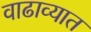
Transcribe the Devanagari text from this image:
वाढाव्यात